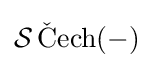
{\mathcal {S}}\operatorname {{\check {C}}ech} (-)